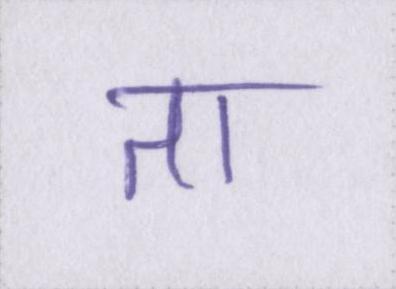
ता